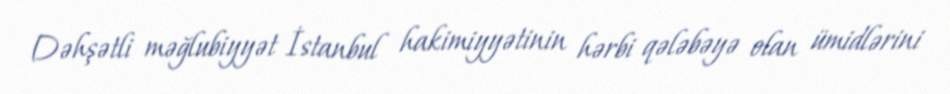
Dəhşətli məğlubiyyət İstanbul hakimiyyətinin hərbi qələbəyə olan ümidlərini